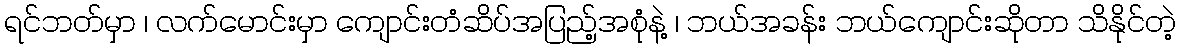
ရင်ဘတ်မှာ ၊ လက်မောင်းမှာ ကျောင်းတံဆိပ်အပြည့်အစုံနဲ့ ၊ ဘယ်အခန်း ဘယ်ကျောင်းဆိုတာ သိနိုင်တဲ့